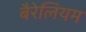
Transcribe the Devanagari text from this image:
बैरेलियम